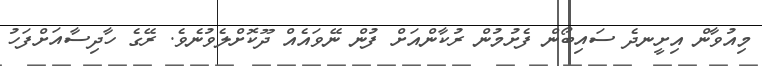
މިއުވާން އިށީނދެ ސައިބޯން ފެށުމުން ރުކާންއަށް ފުން ނޭވައެއް ދޫކޮށްލެވުނެވެ. ރޭގެ ހާދިސާއަށްފަހު